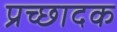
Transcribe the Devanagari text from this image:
प्रच्छादक